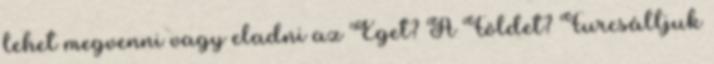
lehet megvenni vagy eladni az Eget? A Földet? Furcsálljuk